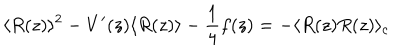
\langle R ( z ) \rangle ^ { 2 } - V ^ { \prime } ( z ) \langle R ( z ) \rangle - \frac { 1 } { 4 } f ( z ) = - \langle R ( z ) R ( z ) \rangle _ { c }